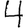
Digit: 4